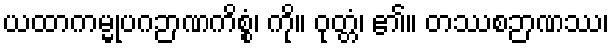
ယထာကမ္မုပဂဉာဏကိစ္စံ၊ ကို။ ဝုတ္တံ၊ ၏။ တဿစဉာဏဿ၊